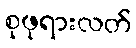
စုဖုရားလတ်